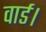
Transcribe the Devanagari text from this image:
वार्ड।